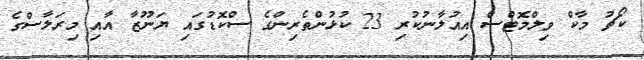
ކޯޗު މާކް ވިލްމޮޓްސް އިއުލާނުކުރި 23 ކުޅުންތެރިންގެ ސްކޮޑުގައި ޔަނޫޒާ އާއި މިރަލާސްގެ